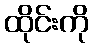
ထိုင်းကို